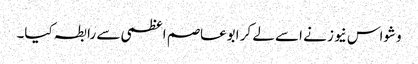
وشواس نیوز نے اسے لے کر ابوعاصم اعظمی سے رابطہ کیا۔